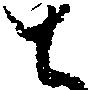
と